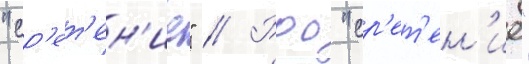
"ср'ет'ен'ие" // Роо "ср'ет'ен'ие"